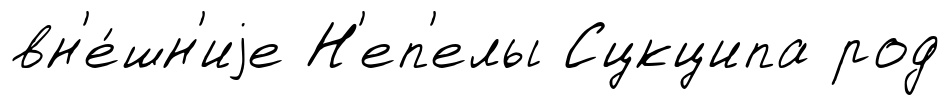
вн'е́шн'иjе Н'еп'елы Сцкципа род